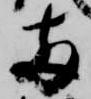
両